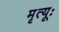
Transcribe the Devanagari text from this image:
मृत्यूः